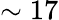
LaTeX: \sim 17